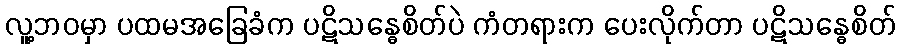
လူ့ဘဝမှာ ပထမအခြေခံက ပဋိသန္ဓေစိတ်ပဲ ကံတရားက ပေးလိုက်တာ ပဋိသန္ဓေစိတ်